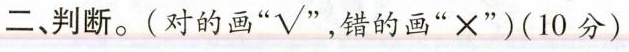
二、判断。(对的画”√”，错的画”×”)(10分)